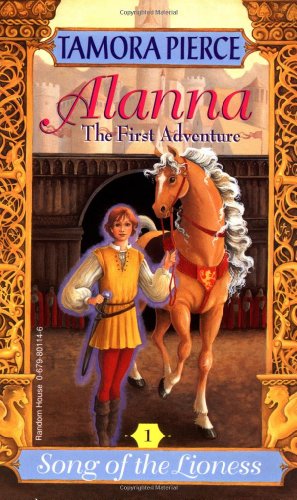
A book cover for Alanna: The First Adventure (Song of the Lioness, Vol. 1); Tamora Pierce; Teen & Young Adult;